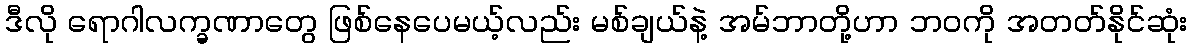
ဒီလို ရောဂါလက္ခဏာတွေ ဖြစ်နေပေမယ့်လည်း မစ်ချယ်နဲ့ အမ်ဘာတို့ဟာ ဘဝကို အတတ်နိုင်ဆုံး